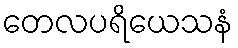
တေလပရိယေသနံ